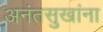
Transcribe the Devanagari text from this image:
अनंतसुखांना